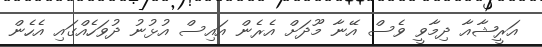
އަރީޝާއާ ދިމާވީ ވެސް އޭނާ މޫދަށް އެރެން އައިސް އުޅުނު ދުވަހެއްގައި އެހެން